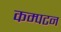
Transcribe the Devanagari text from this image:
कम्पटन